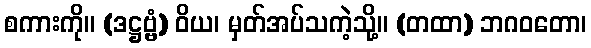
စကားကို။ (ဒဋ္ဌဗ္ဗံ) ဝိယ၊ မှတ်အပ်သကဲ့သို့။ (တထာ) ဘဂဝတော၊